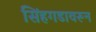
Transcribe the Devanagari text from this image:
सिंहगडावरून